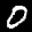
Label: 0